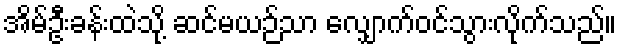
အိမ်ဦးခန်းထဲသို့ ဆင်မယဉ်သာ လျှောက်ဝင်သွားလိုက်သည်။